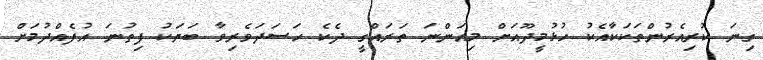
ގިނަ ކުރިއެރުންތަކަކާއެކު ހުޅުމީދޫއަށް މިއަންނަ ތަރައްގީ ދެކެ ހަސަދަވެރިވާ ބަޔަކު ފިތުނަ އުފެއްދުމަށް